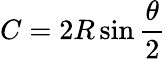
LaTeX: C=2R\sin{\frac{\theta}{2}}